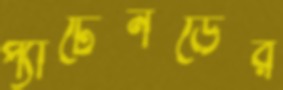
প্যাটেনডের